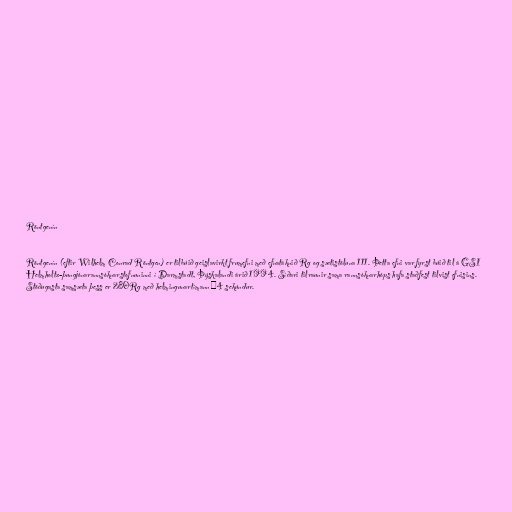
Röntgenín

Röntgenín (eftir Wilhelm Conrad Röntgen) er tilbúið geislavirkt frumefni með efnatáknið Rg og sætistöluna 111. Þetta efni var fyrst búið til á GSI
Helmholtz-þungjónarannsóknarstofnuninni í Darmstadt, Þýskalandi árið 1994. Síðari tilraunir sama rannsóknarhóps hafa staðfest tilvist efnisins.
Stöðugasta samsæta þess er 280Rg með helmingunartímann ~4 sekúndur.